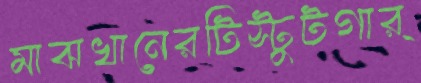
মাঝখানেরটিস্টুটগার্